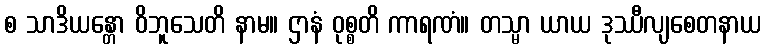
စ သာဒိယန္တော ဝိဘူသေတိ နာမ။ ဌာနံ ဝုစ္စတိ ကာရဏံ။ တသ္မာ ယာယ ဒုဿီလျစေတနာယ